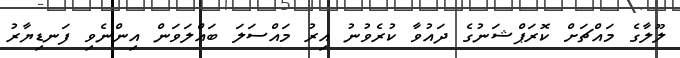
ލޫލާގެ މައްޗަށް ކޮރަޕްޝަނުގެ ދައުވާ ކުރެވުނު އިރު މައްސަލަ ބައްލަވަން އިންނެވި ފަނޑިޔާރު